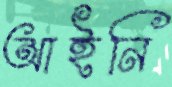
আইনি